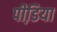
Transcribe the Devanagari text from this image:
पीडि़या